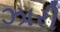
ઝારી